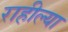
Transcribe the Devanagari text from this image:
राहील्या